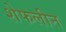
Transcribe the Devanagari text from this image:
शेफलीन